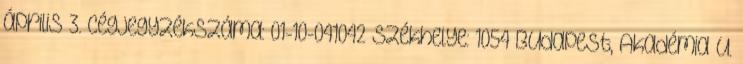
április 3. Cégjegyzékszáma: 01-10-041042 Székhelye: 1054 Budapest, Akadémia u.